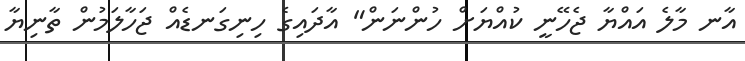
އާނ މާލެ އައްޔާ ޖެހޭނީ ކުއްޔަށް ހުންނަން" އާދައިގެ ހިނިގަނޑެއް ޖަހާލަމުން ތާނިޔާ